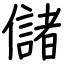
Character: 儲